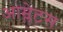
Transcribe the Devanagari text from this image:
आम्लेटस